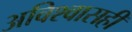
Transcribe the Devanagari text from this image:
अविश्वासही